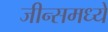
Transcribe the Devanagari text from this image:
जीन्समध्ये